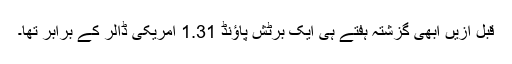
قبل ازیں ابھی گزشتہ ہفتے ہی ایک برٹش پاؤنڈ 1.31 امریکی ڈالر کے برابر تھا۔